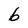
Character: b